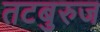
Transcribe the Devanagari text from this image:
तटबुरुज